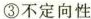
③\rightarrow不定向性